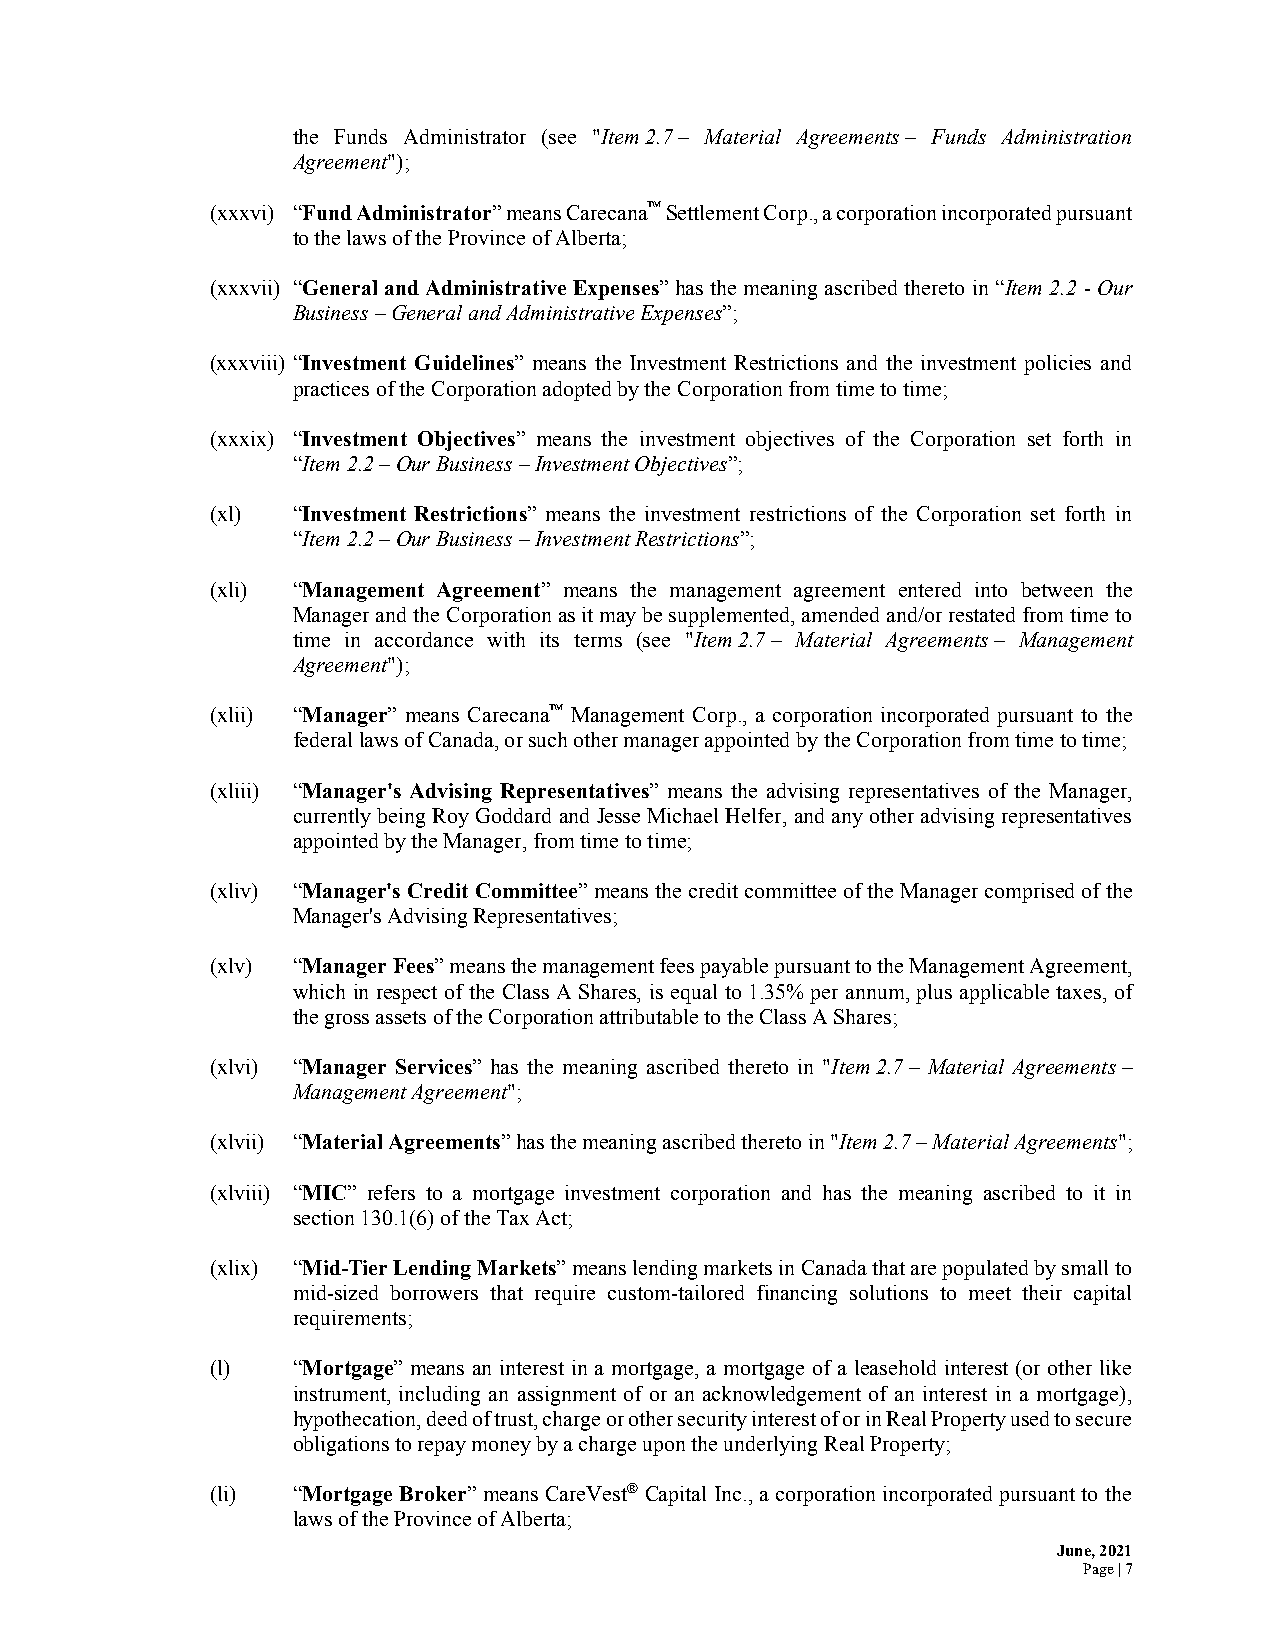
the Funds Administrator (see "Item 2.7 – Material Agreements – Funds Administration
 Agreement");
 (xxxvi) “Fund Administrator” means Carecana™ Settlement Corp., a corporation incorporated pursuant
 to the laws of the Province of Alberta;
 (xxxvii) “General and Administrative Expenses” has the meaning ascribed thereto in “Item 2.2 - Our
 Business – General and Administrative Expenses”;
 (xxxviii) “Investment Guidelines” means the Investment Restrictions and the investment policies and
 practices of the Corporation adopted by the Corporation from time to time;
 (xxxix) “Investment Objectives” means the investment objectives of the Corporation set forth in
 “Item 2.2 – Our Business – Investment Objectives”;
 (xl) “Investment Restrictions” means the investment restrictions of the Corporation set forth in
 “Item 2.2 – Our Business – Investment Restrictions”;
 (xli) “Management Agreement” means the management agreement entered into between the
 Manager and the Corporation as it may be supplemented, amended and/or restated from time to
 time in accordance with its terms (see "Item 2.7 – Material Agreements – Management
 Agreement");
 (xlii) “Manager” means Carecana™ Management Corp., a corporation incorporated pursuant to the
 federal laws of Canada, or such other manager appointed by the Corporation from time to time;
 (xliii) “Manager's Advising Representatives” means the advising representatives of the Manager,
 currently being Roy Goddard and Jesse Michael Helfer, and any other advising representatives
 appointed by the Manager, from time to time;
 (xliv) “Manager's Credit Committee” means the credit committee of the Manager comprised of the
 Manager's Advising Representatives;
 (xlv) “Manager Fees” means the management fees payable pursuant to the Management Agreement,
 which in respect of the Class A Shares, is equal to 1.35% per annum, plus applicable taxes, of
 the gross assets of the Corporation attributable to the Class A Shares;
 (xlvi) “Manager Services” has the meaning ascribed thereto in "Item 2.7 – Material Agreements –
 Management Agreement";
 (xlvii) “Material Agreements” has the meaning ascribed thereto in "Item 2.7 – Material Agreements";
 (xlviii) “MIC” refers to a mortgage investment corporation and has the meaning ascribed to it in
 section 130.1(6) of the Tax Act;
 (xlix) “Mid-Tier Lending Markets” means lending markets in Canada that are populated by small to
 mid-sized borrowers that require custom-tailored financing solutions to meet their capital
 requirements;
 (l)  “Mortgage” means an interest in a mortgage, a mortgage of a leasehold interest (or other like
 instrument, including an assignment of or an acknowledgement of an interest in a mortgage),
 hypothecation, deed of trust, charge or other security interest of or in Real Property used to secure
 obligations to repay money by a charge upon the underlying Real Property;
 (li) “Mortgage Broker” means CareVest® Capital Inc., a corporation incorporated pursuant to the
 laws of the Province of Alberta;
 June, 2021
 Page | 7